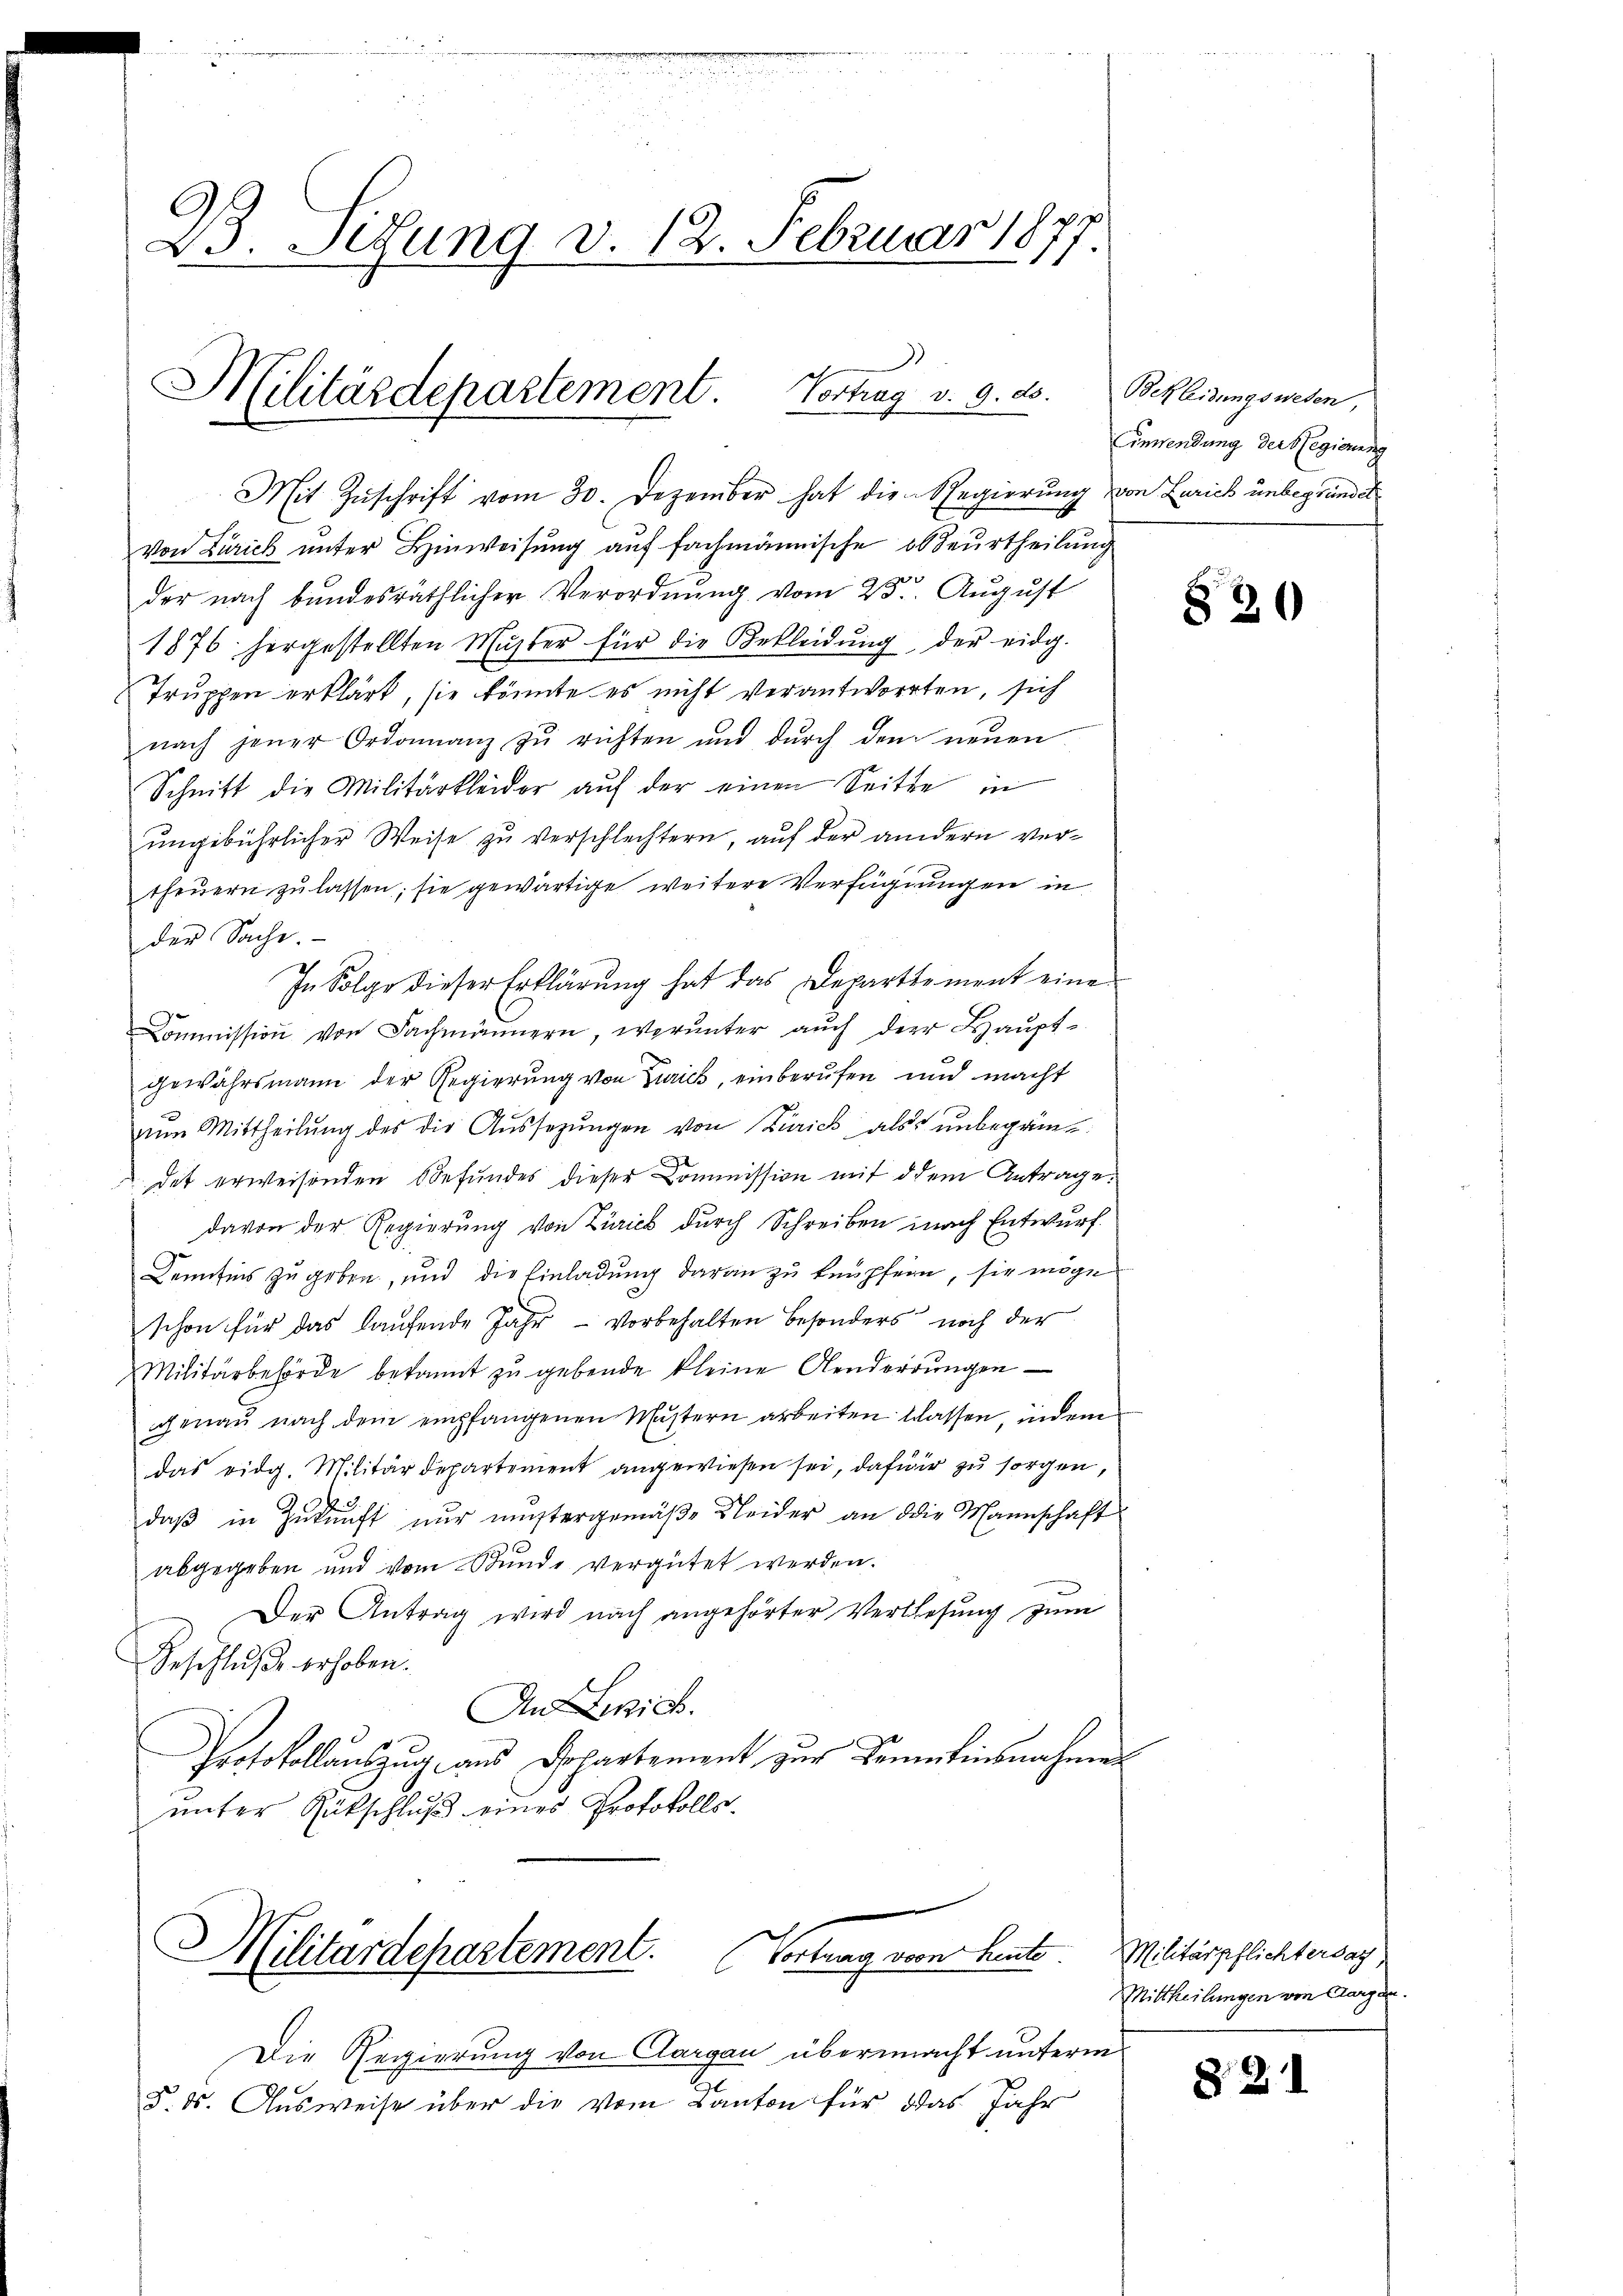
23. Sitzung d. 12. Februar 1877

Militärdepartement. Vortrag v. 9. ds.

Mit Zŭschrift vom 30. Dezember hat die Regierung von Zürich unbegründet
von Zürich unter Hinweisung auf fachmännische obbeurtheilung
der nach bundesräthlicher Verordnung vom 25. August
1876 hergestellten Mühler für die Bekleidŭng der eidg.
Truppen erklärt, sie könnte es nicht verantworten, sich
nach jener Ordonnanz zŭ richten und dŭrch den neŭen
Schnitt die Militärkleider auf der einen Seitte in
ungebührlicher Weise zu verschlechtern, auf der andern vertheuern zu lassen; sie gewärtige weitere Verfügungen in
der Sache.
In Folge dieser Erklärŭng hat das Departtement eine
Commission von Fachmännern, worunter aŭch der Haŭpt-
gewährsmann der Regierung von Zürich, einberufen und macht
nŭn Mittheilŭng des die Aŭssezŭngen von Zürich als unbegrün
det erweisenden Befundes dieser Commission mit dem Antrage:
davon der Regierung von Zürich durch Schreiben nach Entwurf.
Denfins zu geben, und die Einladung daran zu tempfern, sie möge
schon für das laufende Jahr - vorbehalten besonders noch der
Militärbehörde bekannt zu gebende kleine Aenderrungen
genau nach dem empfangenen Mustern arbeiten lassen, indem
das eidg. Militärdepartement angewiesen sei, dafür zu sorgen,
daβ in Zŭkŭnft nŭr mustergemäβe Kleider an die Mannschaft
abgegeben und vom Stunde vergütet werden.
Der Antrag wird nach angehörter Verlesung zum
Geschluße erhoben.
An Leich.
Protokollauszug aus Departement zur Kenntnisnahmen
unter Gütschluß eines Protokolls¬

Militärdepartement. Vortrag vom heute.

Die Regierung von Aargau übermacht unterm
§. ds. Ausweise über die vom Kanton für das Jahr

Bekleidungswesen,
Anwendung der Regierung

§36

Militärpflichtersag
Mittheilungen von Aargar

§21